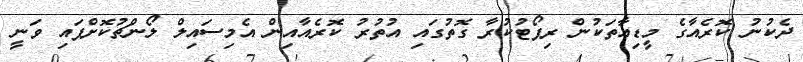
ދެކުނު ކޮރެއާގެ މީޑިއާތަކުން ރިޕޯޓުކުރާ ގޮތުގައި އުތުރު ކޮރެއާއިން އެމިސައިލް ލޯންޗުކޮށްފައި ވަނީ